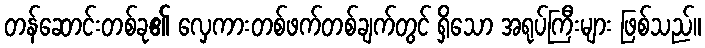
တန်ဆောင်းတစ်ခု၏ လှေကားတစ်ဖက်တစ်ချက်တွင် ရှိသော အရုပ်ကြီးများ ဖြစ်သည်။